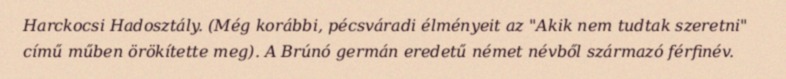
Harckocsi Hadosztály. (Még korábbi, pécsváradi élményeit az "Akik nem tudtak szeretni" című műben örökítette meg). A Brúnó germán eredetű német névből származó férfinév.